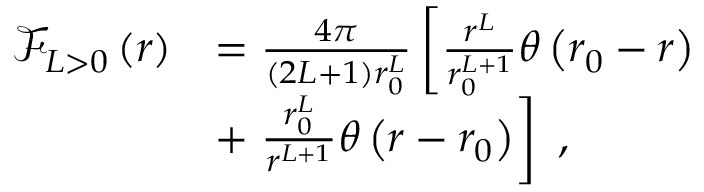
\begin{array} { r l } { \mathcal { F } _ { L > 0 } \left( r \right) } & { = \frac { 4 \pi } { ( 2 L + 1 ) r _ { 0 } ^ { L } } \left[ \frac { r ^ { L } } { r _ { 0 } ^ { L + 1 } } \theta \left( r _ { 0 } - r \right) \right. } \\ & { + \left. \frac { r _ { 0 } ^ { L } } { r ^ { L + 1 } } \theta \left( r - r _ { 0 } \right) \right] \ , } \end{array}